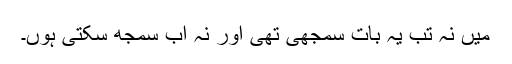
میں نہ تب یہ بات سمجھی تھی اور نہ اب سمجھ سکتی ہوں۔